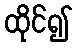
ထိုင်၍